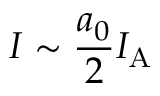
I \sim \frac { a _ { 0 } } { 2 } I _ { \mathrm { A } }